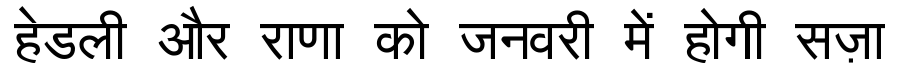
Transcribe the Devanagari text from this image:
हेडली और राणा को जनवरी में होगी सज़ा